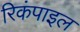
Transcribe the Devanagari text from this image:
रिकंपाइल